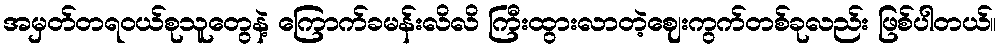
အမှတ်တရဝယ်စုသူတွေနဲ့ ကြောက်ခမန်းလိလိ ကြီးထွားလာတဲ့ဈေးကွက်တစ်ခုလည်း ဖြစ်ပါတယ်။